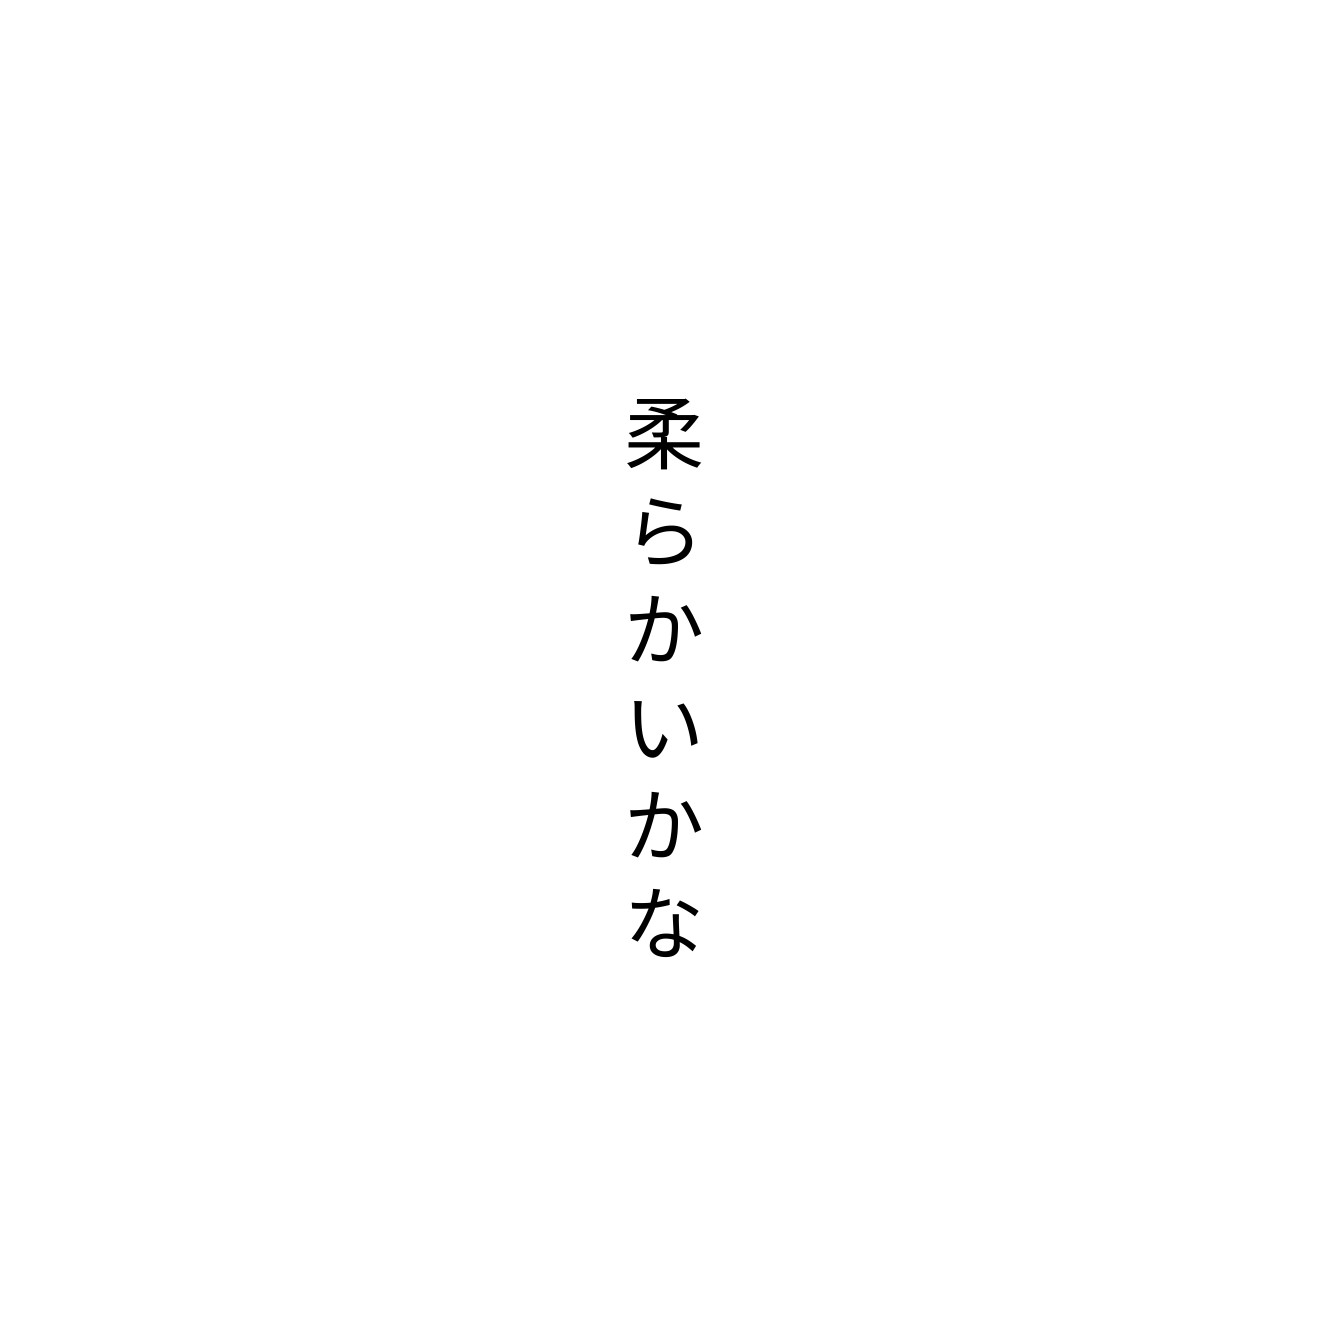
柔らかいかな